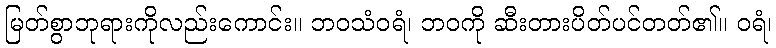
မြတ်စွာဘုရားကိုလည်းကောင်း။ ဘဝသံဝရံ၊ ဘဝကို ဆီးတားပိတ်ပင်တတ်၏။ ဝရံ၊